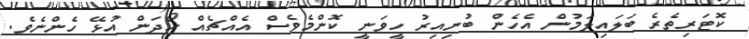
ކޮޓަރިތެރެ ބަލައިލަމުން އެހެން ބުނިއިރު ހީވަނީ ކޮންމެވެސް އެއްޗެއް ހޯދަން އުޅޭ ހެންނެވެ.